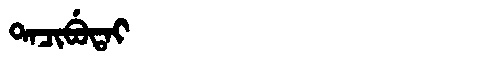
Manchu: ᡨᠠᠴᡳᠪᡠᡨᠠᡳ
Romanization: TACIBUTAI